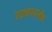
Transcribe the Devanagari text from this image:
उच्चमाध्यामीक